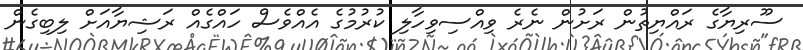
ސޫރިޔާގެ ރައްޔިތުން ރަށުން ނެރެ ވިއްސިވިހާލި ކުރުމުގެ އެއްވެސް ހައްގެއް ރަޝިޔާއަށް ލިބިގެން